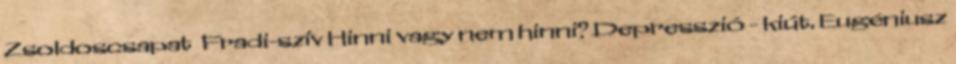
Zsoldoscsapat Fradi-szív Hinni vagy nem hinni? Depresszió - kiút. Eugéniusz